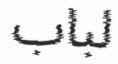
لباب